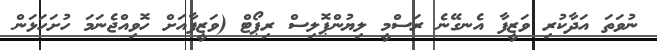
ނުވަތަ އަދާކުރި ވަޒީފާ އެނގޭނެ ރަސްމީ ލިޔުންޕޮލިސް ރިޕޯޓް (ވަޒީފާއަށް ހޮވިއްޖެނަމަ ހުށަހަޅަން